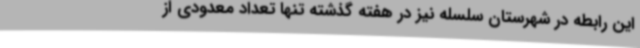
این رابطه در شهرستان سلسله نیز در هفته گذشته تنها تعداد معدودی از